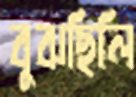
বুঝছিলি